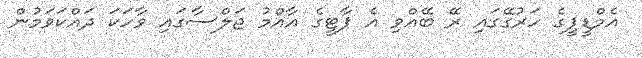
އެމްޑީޕީގެ ހަރުގޭގައި ރޭ ބޭއްވި އެ ޕާޓީގެ އާއްމު ޖަލްސާގައި ވާހަކަ ދައްކަވަމުން